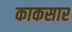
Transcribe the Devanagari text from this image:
काकसार